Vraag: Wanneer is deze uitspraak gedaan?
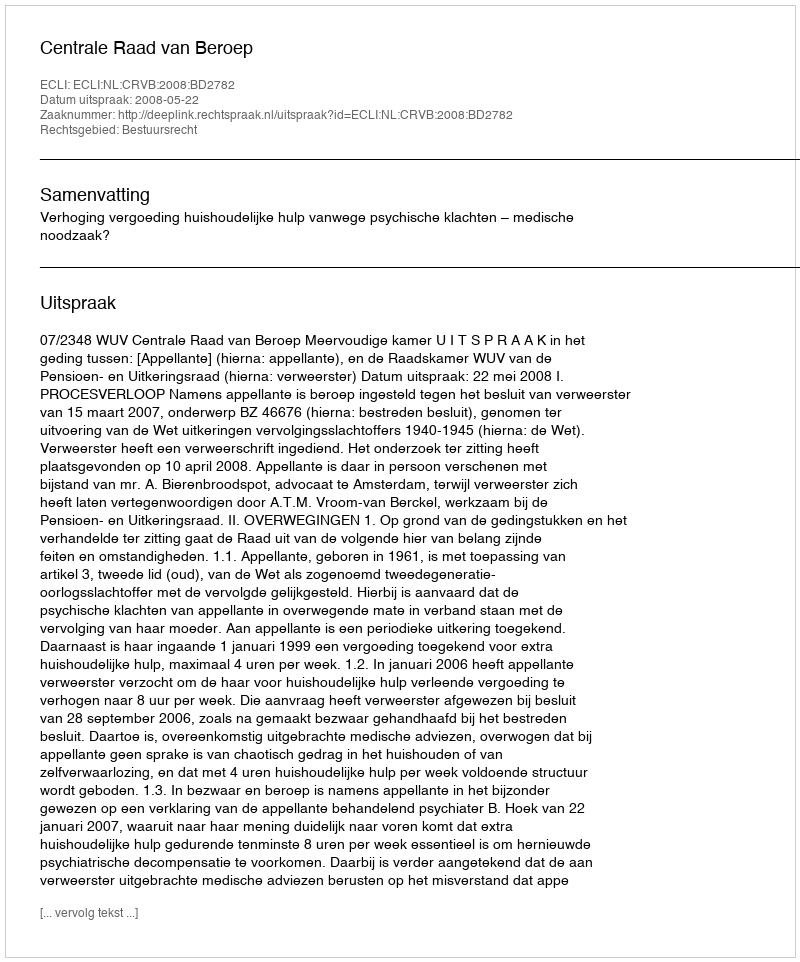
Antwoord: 2008-05-22